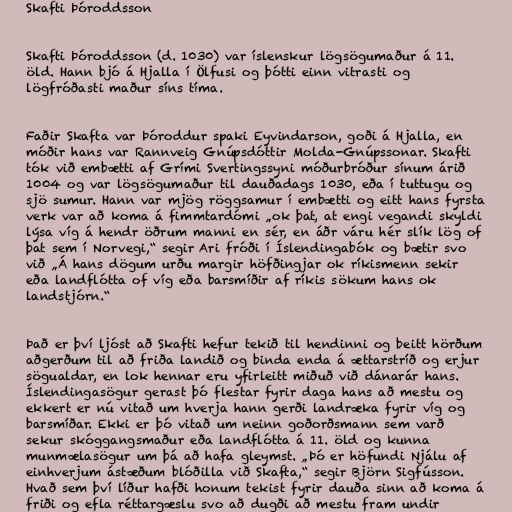
Skafti Þóroddsson

Skafti Þóroddsson (d. 1030) var íslenskur lögsögumaður á 11.
öld. Hann bjó á Hjalla í Ölfusi og þótti einn vitrasti og
lögfróðasti maður síns tíma.

Faðir Skafta var Þóroddur spaki Eyvindarson, goði á Hjalla, en
móðir hans var Rannveig Gnúpsdóttir Molda-Gnúpssonar. Skafti
tók við embætti af Grími Svertingssyni móðurbróður sínum árið
1004 og var lögsögumaður til dauðadags 1030, eða í tuttugu og
sjö sumur. Hann var mjög röggsamur í embætti og eitt hans fyrsta
verk var að koma á fimmtardómi „ok þat, at engi vegandi skyldi
lýsa víg á hendr öðrum manni en sér, en áðr váru hér slík lög of
þat sem í Norvegi,“ segir Ari fróði í Íslendingabók og bætir svo
við „Á hans dögum urðu margir höfðingjar ok ríkismenn sekir
eða landflótta of víg eða barsmíðir af ríkis sökum hans ok
landstjórn.“

Það er því ljóst að Skafti hefur tekið til hendinni og beitt hörðum
aðgerðum til að friða landið og binda enda á ættarstríð og erjur
sögualdar, en lok hennar eru yfirleitt miðuð við dánarár hans.
Íslendingasögur gerast þó flestar fyrir daga hans að mestu og
ekkert er nú vitað um hverja hann gerði landræka fyrir víg og
barsmíðar. Ekki er þó vitað um neinn goðorðsmann sem varð
sekur skóggangsmaður eða landflótta á 11. öld og kunna
munmælasögur um þá að hafa gleymst. „Þó er höfundi Njálu af
einhverjum ástæðum blóðilla við Skafta,“ segir Björn Sigfússon.
Hvað sem því líður hafði honum tekist fyrir dauða sinn að koma á
friði og efla réttargæslu svo að dugði að mestu fram undir